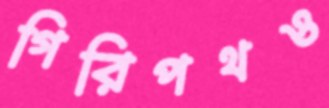
গিরিপথও